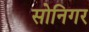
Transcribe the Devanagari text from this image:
सोनिगर